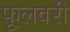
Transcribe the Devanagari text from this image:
फूलवरी